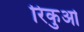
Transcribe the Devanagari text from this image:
रिकुओ